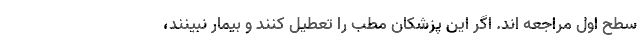
سطح اول مراجعه اند. اگر این‌ پزشکان مطب را تعطیل کنند و بیمار نبینند،